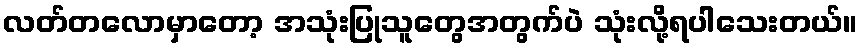
လတ်တလောမှာတော့ အသုံးပြုသူတွေအတွက်ပဲ သုံးလို့ရပါသေးတယ်။